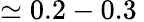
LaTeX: \simeq 0.2-0.3\